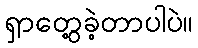
ရှာတွေ့ခဲ့တာပါပဲ။